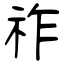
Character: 祚